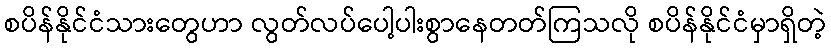
စပိန်နိုင်ငံသားတွေဟာ လွတ်လပ်ပေါ့ပါးစွာနေတတ်ကြသလို စပိန်နိုင်ငံမှာရှိတဲ့